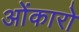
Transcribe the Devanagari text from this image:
ओंकारो